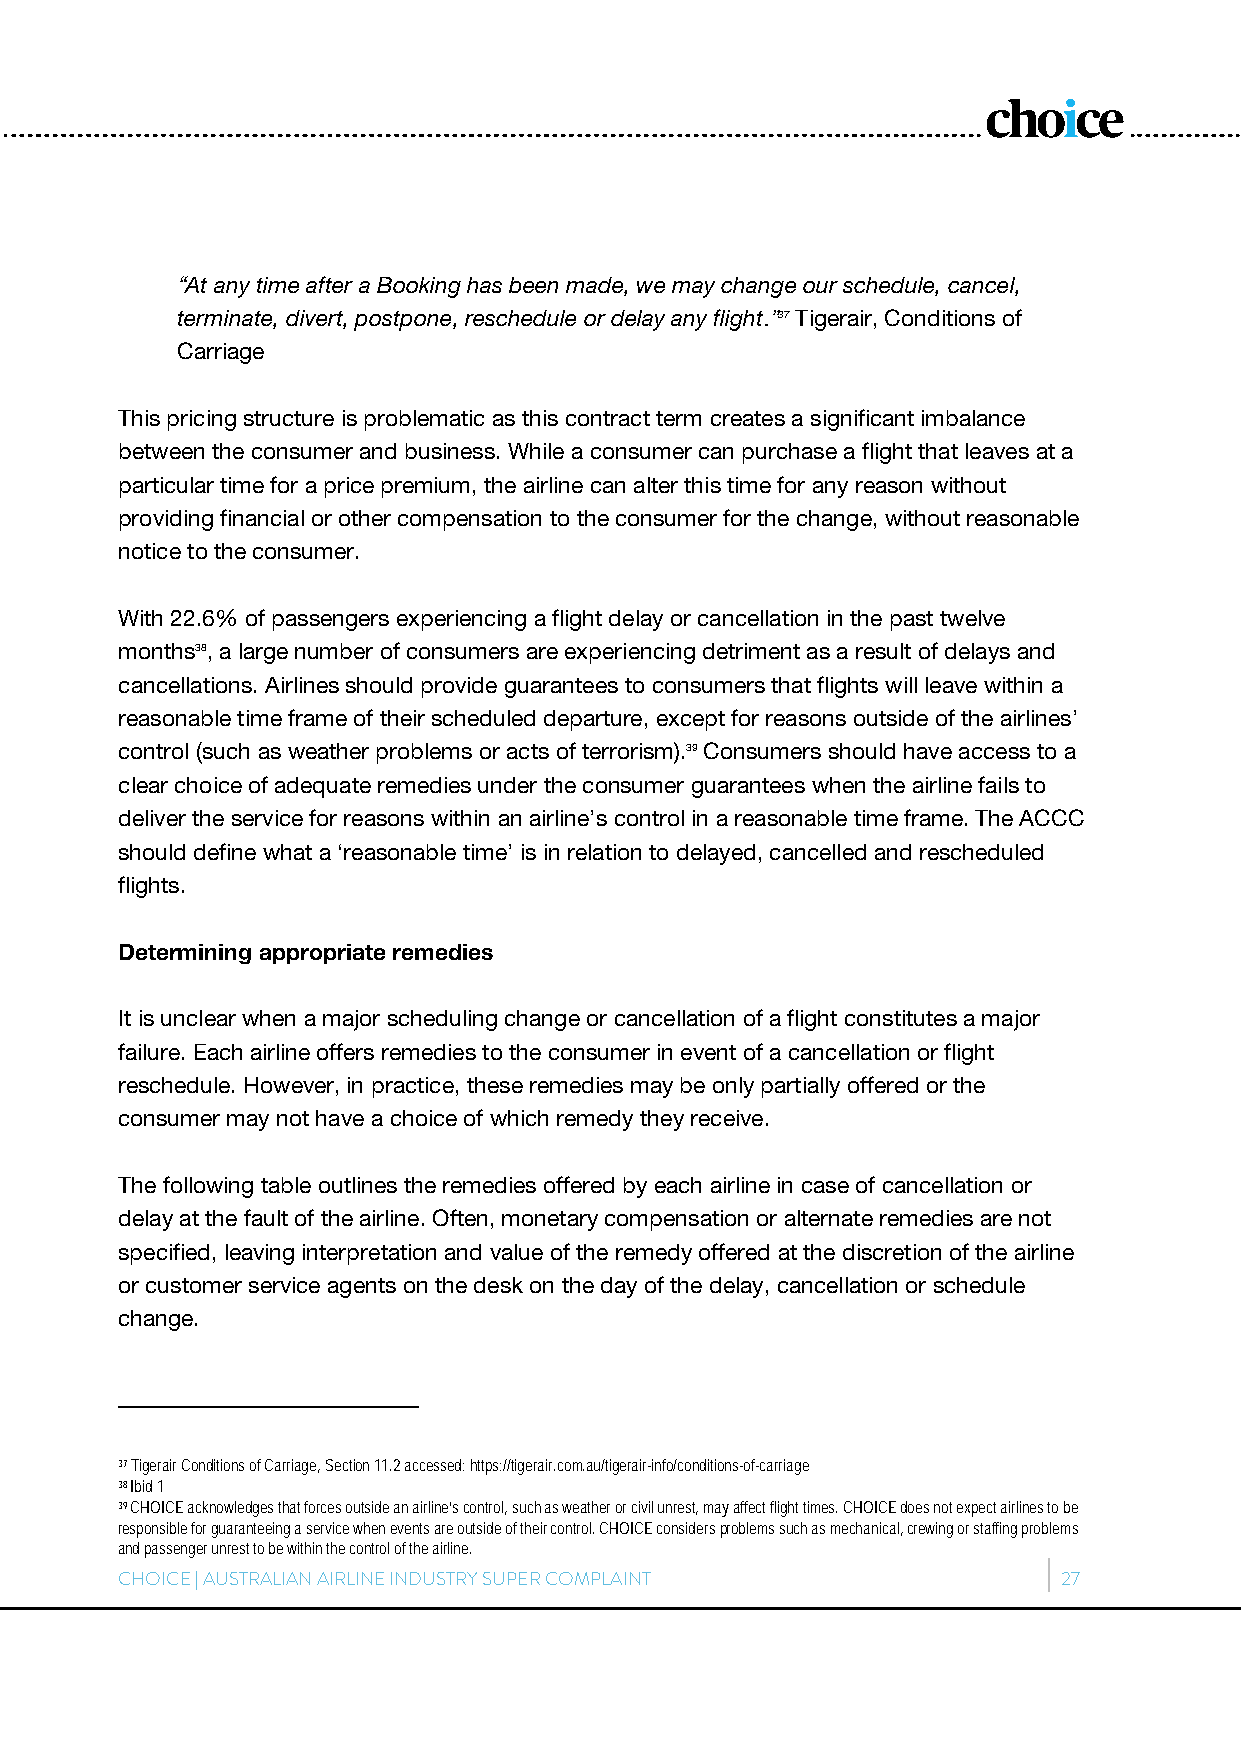
“At any time after a Booking has been made, we may change our schedule, cancel,
 terminate, divert, postpone, reschedule or delay any flight.”37 Tigerair, Conditions of
 Carriage
 This pricing structure is problematic as this contract term creates a significant imbalance
 between the consumer and business. While a consumer can purchase a flight that leaves at a
 particular time for a price premium, the airline can alter this time for any reason without
 providing financial or other compensation to the consumer for the change, without reasonable
 notice to the consumer.
 With 22.6% of passengers experiencing a flight delay or cancellation in the past twelve
 months38, a large number of consumers are experiencing detriment as a result of delays and
 cancellations. Airlines should provide guarantees to consumers that flights will leave within a
 reasonable time frame of their scheduled departure, except for reasons outside of the airlines’
 control (such as weather problems or acts of terrorism).39 Consumers should have access to a
 clear choice of adequate remedies under the consumer guarantees when the airline fails to
 deliver the service for reasons within an airline’s control in a reasonable time frame. The ACCC
 should define what a ‘reasonable time’ is in relation to delayed, cancelled and rescheduled
 flights.
 Determining appropriate remedies
 It is unclear when a major scheduling change or cancellation of a flight constitutes a major
 failure. Each airline offers remedies to the consumer in event of a cancellation or flight
 reschedule. However, in practice, these remedies may be only partially offered or the
 consumer may not have a choice of which remedy they receive.
 The following table outlines the remedies offered by each airline in case of cancellation or
 delay at the fault of the airline. Often, monetary compensation or alternate remedies are not
 specified, leaving interpretation and value of the remedy offered at the discretion of the airline
 or customer service agents on the desk on the day of the delay, cancellation or schedule
 change.
 37 Tigerair Conditions of Carriage, Section 11.2 accessed: https://tigerair.com.au/tigerair-info/conditions-of-carriage
 38 Ibid 1
 39 CHOICE acknowledges that forces outside an airline’s control, such as weather or civil unrest, may affect flight times. CHOICE does not expect airlines to be
 responsible for guaranteeing a service when events are outside of their control. CHOICE considers problems such as mechanical, crewing or staffing problems
 and passenger unrest to be within the control of the airline.
 CHOICE | AUSTRALIAN AIRLINE INDUSTRY SUPER COMPLAINT          27